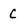
Character: C